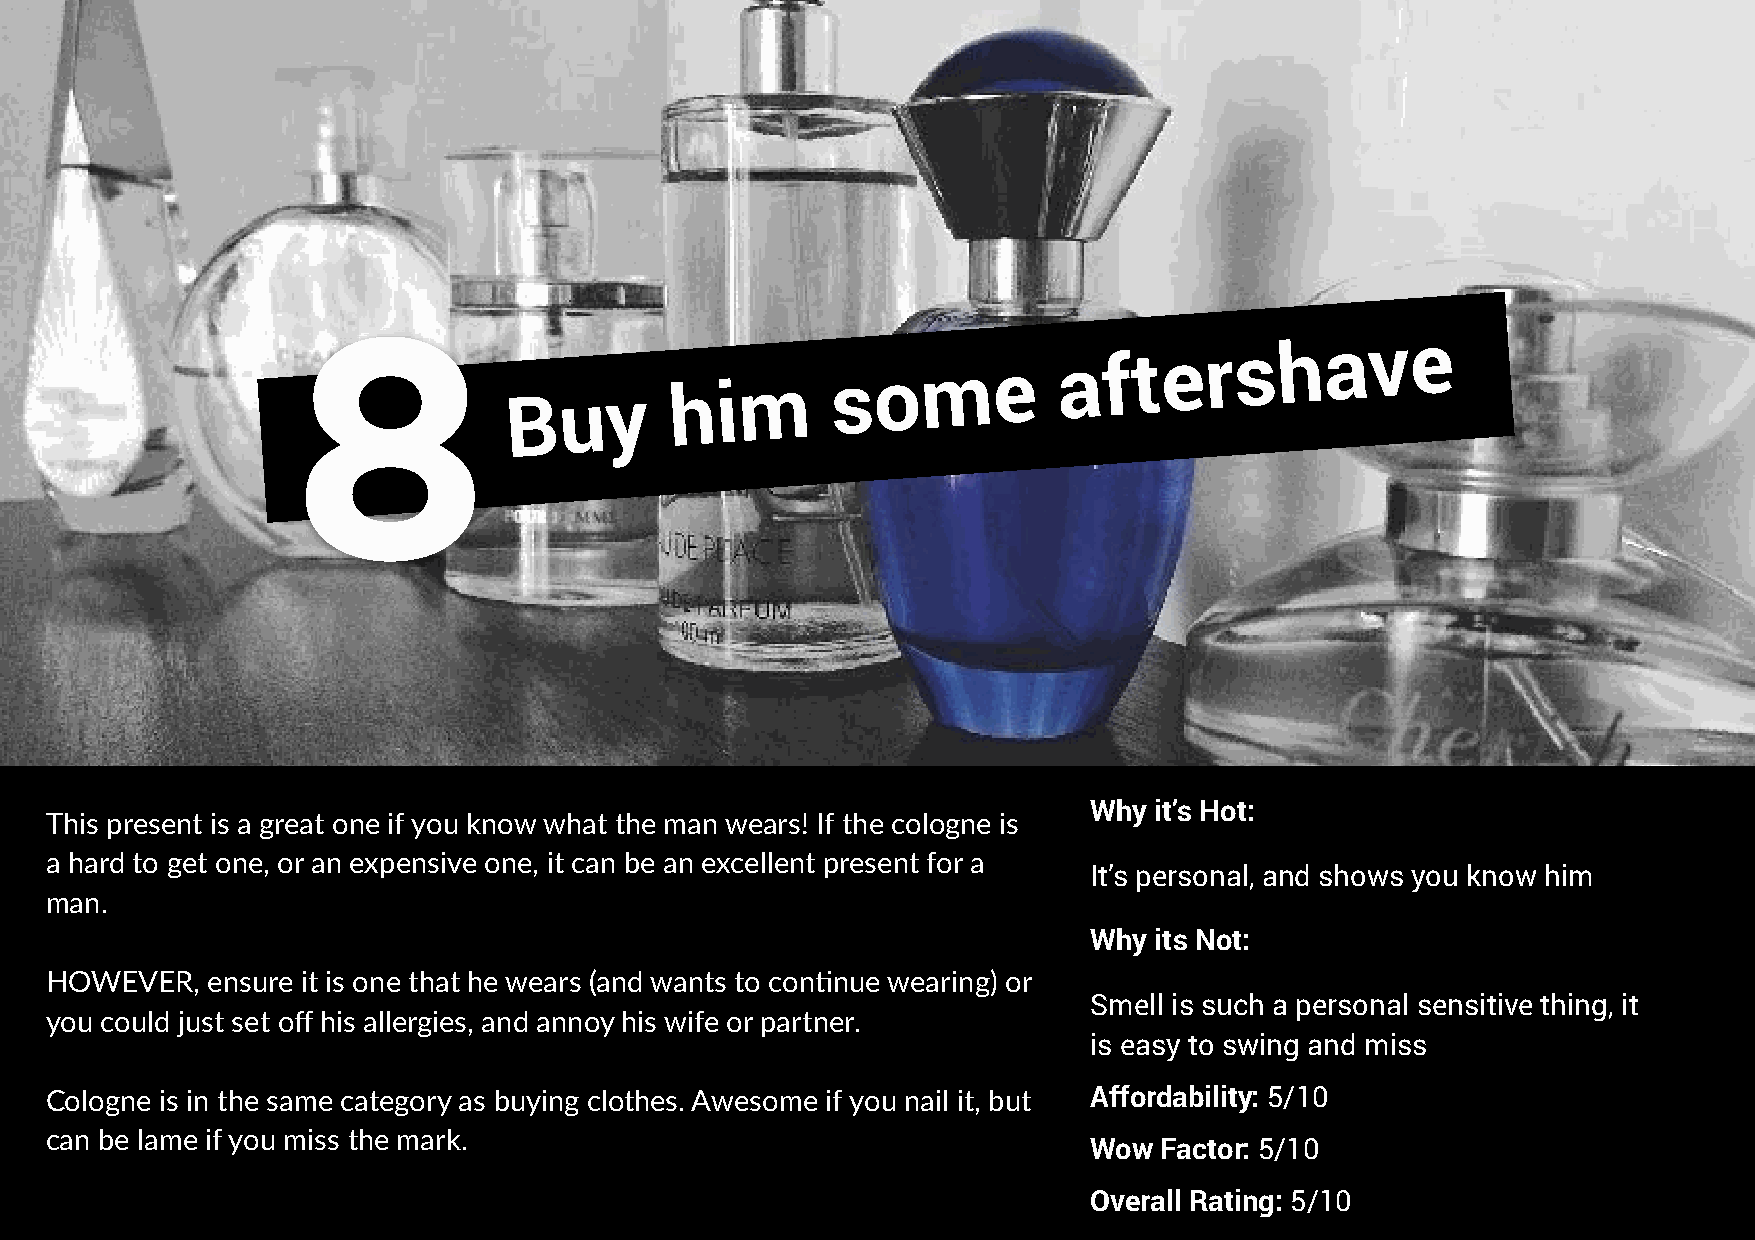
8
 Buy
 him
 some
 aftershave
 Why it’s Hot:
 This present is a great one if you know what the man wears! If the cologne is
 a hard to get one, or an expensive one, it can be an excellent present for a
 It’s personal, and shows you know him
 man.
 Why its Not:
 HOWEVER,   ensure it is one that he wears (and wants to con!nue wearing) or
 Smell is such a personal sensitive thing, it
 you could just set off his allergies, and annoy his wife or partner.
 is easy to swing and miss
 Cologne is in the same category as buying clothes. Awesome if you nail it, but Affordability: 5/10
 can be lame if you miss the mark.
 Wow  Factor: 5/10
 Overall Rating: 5/10